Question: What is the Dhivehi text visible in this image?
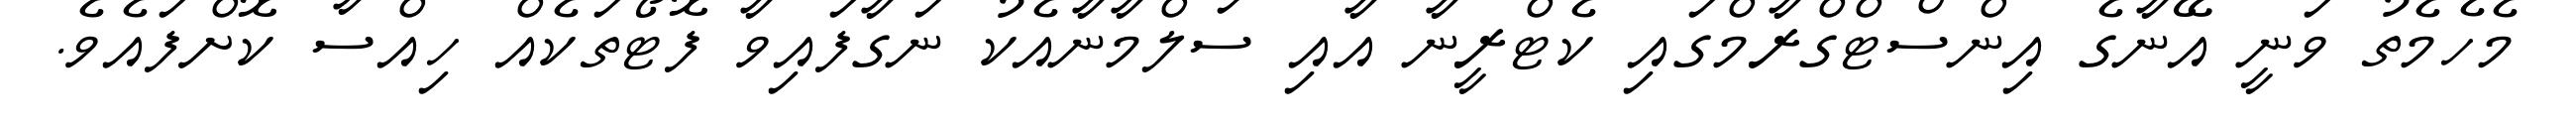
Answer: މެހެމެތު ވަނީ އޭނާގެ އިންސްޓްގްރާމްގައި ކެޓްރީނާ އާއި ސަލްމާނާއެކު ނަގާފައިވާ ފޮޓޯތަކެއް ހިއްސާ ކޮށްފައެވެ.